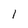
Character: 1